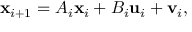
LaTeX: { \mathbf { x } } _ { i + 1 } = A _ { i } \mathbf { x } _ { i } + B _ { i } \mathbf { u } _ { i } + \mathbf { v } _ { i } ,